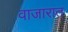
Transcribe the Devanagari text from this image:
वाजारात